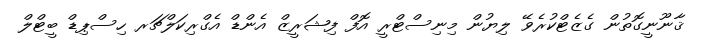
ޤާނޫނީގޮތުން ގެޒެޓްކުރެވޭ ލިޔުން މިނިސްޓްރީ އޮފް ފިޝަރީޒް އެންޑް އެގްރިކަލްޗަރ ހިސްޕިޑް ބީޓްލް